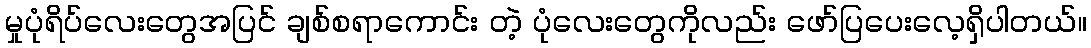
မှုပုံရိပ်လေးတွေအပြင် ချစ်စရာကောင်း တဲ့ ပုံလေးတွေကိုလည်း ဖော်ပြပေးလေ့ရှိပါတယ်။